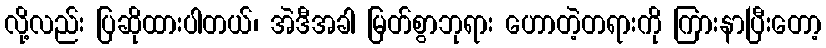
လို့လည်း ပြဆိုထားပါတယ်၊ အဲဒီအခါ မြတ်စွာဘုရား ဟောတဲ့တရားကို ကြားနာပြီးတော့